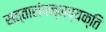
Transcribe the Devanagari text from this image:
सत्तासंपन्नव्यक्ति